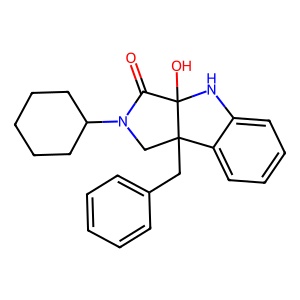
SMILES: O=C1N(C2CCCCC2)CC2(Cc3ccccc3)c3ccccc3NC12O
Inhibits HIV replication: No